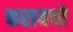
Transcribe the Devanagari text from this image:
करायचो